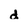
Character: d